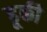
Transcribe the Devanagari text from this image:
ढूकी